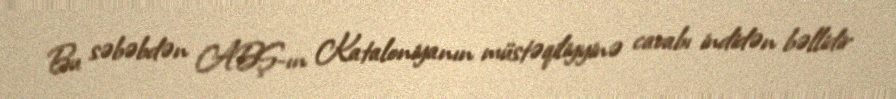
Bu səbəbdən ABŞ-ın Kataloniyanın müstəqiliyyinə cavabı indidən bəllidir